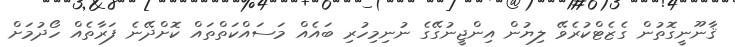
ޤާނޫނީގޮތުން ގެޒެޓްކުރެވޭ ލިޔުން އިންޖީނުގޭގެ ނުނިމިހުރި ބައެއް މަސައްކަތްތައް ކޮށްދޭނެ ފަރާތެއް ހޯދުމަށް